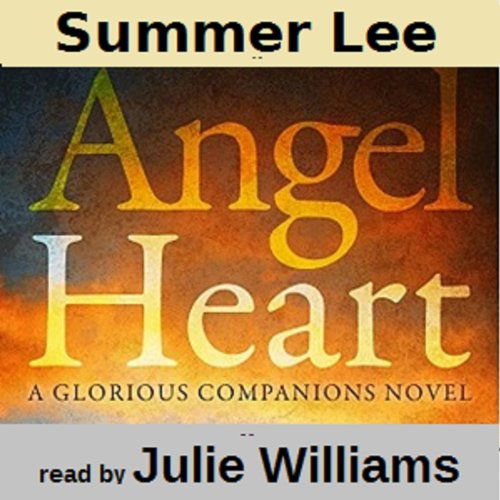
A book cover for Angel Heart: Glorious Companions, Book 1; Summer Lee; Romance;